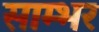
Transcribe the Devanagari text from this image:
साम्‍भर